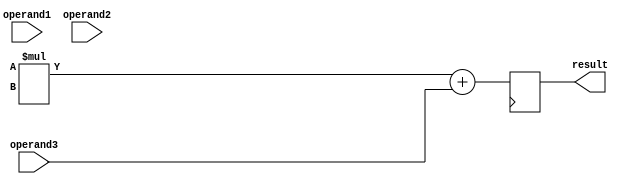
module FMA_FPU (
    input [31:0] operand1,
    input [31:0] operand2,
    input [31:0] operand3,
    output reg [31:0] result
);

reg [31:0] product;

// Unpack the inputs
wire [31:0] unpacked_operand1;
wire [31:0] unpacked_operand2;

// Perform multiplication
assign product = unpacked_operand1 * unpacked_operand2;

// Add the third operand
always @(posedge clk) begin
    result <= product + operand3;
end

// Rounding unit
// Add rounding logic here

endmodule